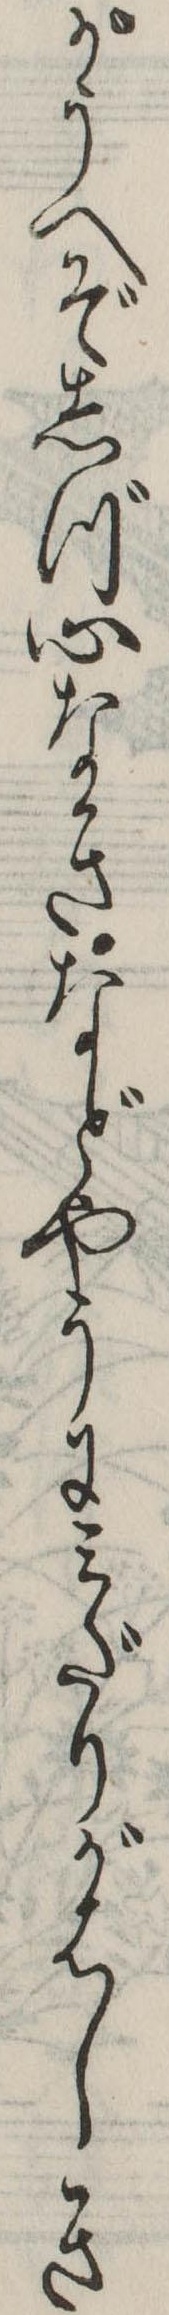
がうへぞしづ心なきなどやうにみだりがはしき